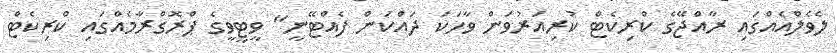
ލެވެލްއެއްގައި ރާއްޖޭގެ ކްރިކެޓް ކުރިއަރުވަން ވާހަކަ ދައްކަން ފެއްޓޭނީ" ވީޓީވީގެ ޕްރޮގްރާމެއްގައި ކްރިކެޓް